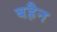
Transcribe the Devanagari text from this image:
बह्रैन